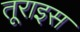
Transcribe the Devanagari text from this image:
तूराइस